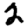
Digit: 2